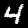
Label: 4